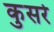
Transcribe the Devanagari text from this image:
कुसरे